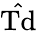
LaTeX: \hat{\mathrm{Td}}